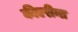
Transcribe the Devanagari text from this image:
कीएरीना